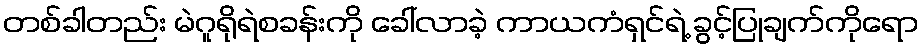
တစ်ခါတည်း မဲဂူရိုရဲစခန်းကို ခေါ်လာခဲ့ ကာယကံရှင်ရဲ့ ခွင့်ပြုချက်ကိုရော